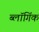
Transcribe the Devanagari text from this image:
ब्लॉगिंक